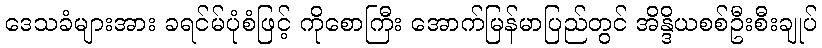
ဒေသခံများအား ခရင်မ်ပုံစံဖြင့် ကိုစောကြီး အောက်မြန်မာပြည်တွင် အိန္ဒိယစစ်ဦးစီးချုပ်